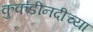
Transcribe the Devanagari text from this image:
कुकडीनदीच्या